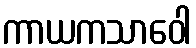
ကာယကသာဝေါ